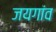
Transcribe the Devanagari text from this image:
जयगांव